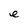
Character: e